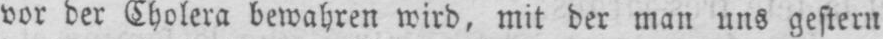
vor der Cholera bewahren wird, mit der man uns gestern